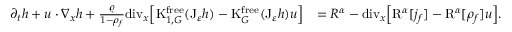
\begin{array} { r l } { \partial _ { t } h + u \cdot \nabla _ { x } h + \frac { \varrho } { 1 - \rho _ { f } } \mathrm { d i v } _ { x } \Big [ \mathrm { K } _ { 1 , G } ^ { \mathrm { f r e e } } ( \mathrm { J } _ { \varepsilon } h ) - \mathrm { K } _ { G } ^ { \mathrm { f r e e } } ( \mathrm { J } _ { \varepsilon } h ) u \Big ] } & { = R ^ { \alpha } - \mathrm { d i v } _ { x } \Big [ \mathrm { R } ^ { \alpha } [ j _ { f } ] - \mathrm { R } ^ { \alpha } [ \rho _ { f } ] u \Big ] . } \end{array}